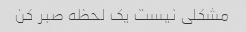
مشکلی نیست یک لحظه صبر کن